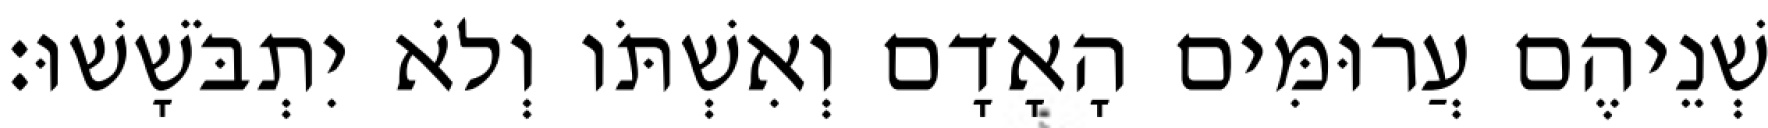
שְׁנֵיהֶם עֲרוּמִּים הָאָדָם וְאִשְׁתֹּו וְלֹא יִתְבֹּשָׁשׁוּ׃